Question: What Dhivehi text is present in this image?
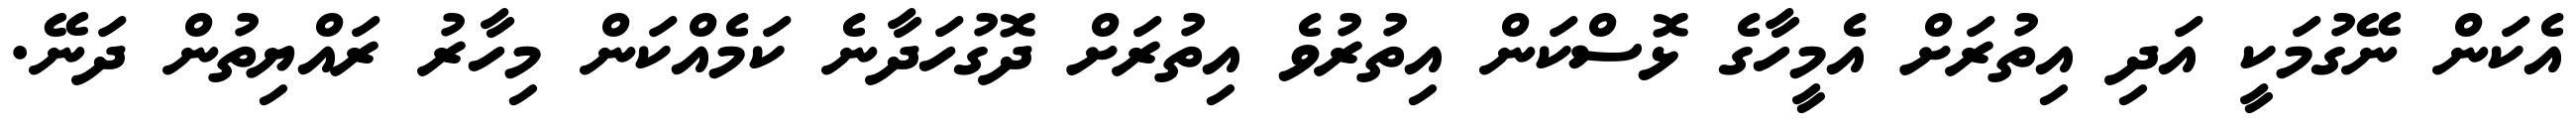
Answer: އެކަން ނޭގުމަކީ އަދި އިތުރަށް އެމީހާގެ ޅޮސްކަން އިތުރުވެ އިތުރަށް ދޮގުހަދާނެ ކަމެއްކަން މިހާރު ރައްޔިތުން ދަނޭ.